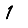
Digit: 1